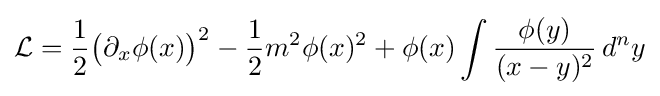
{\mathcal {L}}={\frac {1}{2}}{\big (}\partial _{x}\phi (x){\big )}^{2}-{\frac {1}{2}}m^{2}\phi (x)^{2}+\phi (x)\int {\frac {\phi (y)}{(x-y)^{2}}}\,d^{n}y